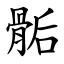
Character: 骺